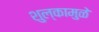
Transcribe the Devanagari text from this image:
शुल्कामुळे